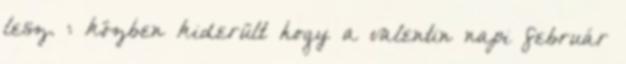
lesz. : közben kiderült hogy a valentin napi február